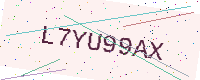
Text: L7YU99AX